Report on vaccination in Madras 1877-1894 - 1877-1894
Year: 1877
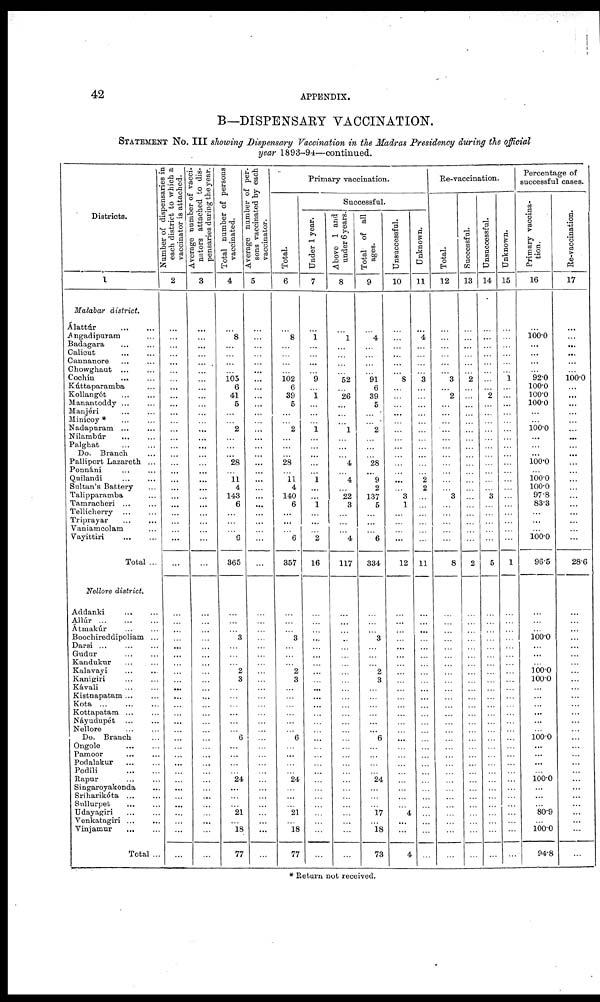
42
APPENDIX.
B—DISPENSARY VACCINATION.
STATEMENT NO. III showing Dispensary Vaccination in the Madras Presidency during the official
year 1893-94—continued.
Districts.
1
Malabar district.
Álattúr
...
...
Angadipuram ...
Badagara ... ...
Calicut ... ...
Cannanore ... ...
Chowghaut ... ...
Cochin ... ...
Kúttaparamba ...
Kollangót
...
...
Manantoddy ... ...
Manjéri ... ...
Minicoy * ... ...
Nadapuram ... ...
Nilambúr
...
...
Palghat
...
...
Do. Branch ...
Palliport Lazareth ...
Ponnáni ... ...
Quilandi ... ...
Sultan's Battery ...
Talipparamba
Tamracheri ... ...
Tellicherry ... ...
Triprayar
...
...
Yaniamcolam ...
Vayittiri
...
...
Total ...
Nellore district.
Addanki ... ...
Allúr
...
...
...
Atmakúr ... ...
Boochireddipoliam ...
Darsi ... ... ...
Gudur ... ...
Kandukur ... ...
Kalavayi ... ...
Kanigiri ... ...
Kávali
...
...
Kistnapatam ... ...
Kota
...
...
...
Kottapatam
...
...
Náyudupét ... ...
Nellore ... ...
Do. Branch ...
Ongole ... ...
Pamoor
... ...
Podalakur
...
...
Podili
...
...
Rapur ... ...
Singaroyakonda ...
Sriharikota
...
...
Snllurpet ... ...
Udayagiri ... ...
Venkatagiri ...
...
Vinjamur
...
...
Total ...
Number of dispensaries in
each district to which a
vaccinator is attached.
2
...
...
...
...
...
...
...
...
...
...
...
...
...
...
...
...
...
...
...
...
...
...
...
...
...
...
...
...
...
...
...
...
...
...
...
...
...
...
...
...
...
...
...
...
...
...
...
...
...
...
...
...
...
...
...
Average number of vacci¬
nators attached to dis-
pensaries daring the year.
3
...
...
...
...
...
...
...
...
...
...
...
...
...
...
...
...
...
...
...
...
...
...
...
...
...
...
...
...
...
...
...
...
...
...
...
...
...
...
...
...
...
...
...
...
...
...
...
...
...
...
...
...
...
...
...
Total number of persons
vaccinated.
4
...
...
...
...
...
...
105 6
41
5
...
...
2
...
...
...
28
...
11
4
143
6
...
...
...
6
365
...
...
...
3
...
...
...
2
3
...
...
... ...
...
... 6
...
...
...
...
24
...
...
...
21
...
18
77
Average number of per¬
sons vaccinated by each
vaccinator.
5
...
...
...
...
...
...
...
...
...
...
...
...
...
...
...
...
...
...
...
...
...
...
...
...
...
...
...
...
...
...
...
...
...
...
...
...
...
...
...
...
...
...
...
...
...
...
...
...
...
...
...
...
...
...
...
Primary vaccination.
Total.
6
...
8
...
...
...
...
102 6
39
5
...
...
2
...
...
... 28
...
11
4
140
6
...
...
...
6
357
...
...
...
3
...
...
...
2
3
...
...
...
...
...
...
6
...
...
...
...
24
...
...
...
21
...
18
77
Successful.
Under 1 year.
7
...
1
...
...
...
...
9
...
1
...
...
...
1
...
...
...
...
...
1
...
...
1
...
...
...
2
16
...
...
...
...
...
...
...
...
...
...
...
...
...
...
...
...
...
...
...
...
...
...
...
...
...
...
...
...
Above 1 and
under 6 years.
8
...
1
...
...
...
...
52
...
26
...
...
...
1
...
...
...
4
...
4
...
22
8
...
...
...
4
117
...
...
...
...
...
...
...
...
...
...
...
...
...
...
...
...
...
...
...
...
...
...
...
...
...
...
...
...
Total of all
ages.
9
...
4
...
...
...
...
91
6
39
5
...
...
2
...
...
...
28
...
9
2
137
5
...
...
...
6
334
...
...
...
3
...
...
...
2
3
...
...
...
...
...
...
6
...
...
...
...
24
...
...
...
17
...
18
73
Unsuccessful.
10
...
...
...
...
...
...
8
...
...
...
...
...
...
...
...
...
...
...
...
...
3
1
...
...
...
...
12
...
...
...
...
...
...
...
...
...
...
...
...
...
...
...
...
...
...
...
...
...
...
...
...
4
...
...
4
Unknown.
11
...
4
...
...
...
...
3
...
...
...
...
...
...
...
...
...
...
...
2
2
...
...
...
...
...
...
11
...
...
...
...
...
...
...
...
...
...
...
...
...
...
...
...
...
...
...
...
...
...
...
...
...
...
...
...
Re-vaccination.
Total.
12
...
...
...
...
...
...
3
...
2
...
...
...
...
...
...
...
...
...
...
...
3
...
...
...
...
...
8
...
...
...
...
...
...
...
...
...
...
...
...
...
...
...
...
...
...
...
...
...
...
...
...
...
...
...
...
Successful.
13
...
...
...
...
...
...
2
...
...
...
...
...
...
...
...
...
...
...
...
...
...
...
...
...
...
...
2
...
...
...
...
...
...
...
...
...
...
...
...
...
...
...
...
...
...
...
...
...
...
...
...
...
...
...
...
Unsuccessful.
14
...
...
...
...
...
...
...
...
2
...
...
...
...
...
...
...
...
...
...
...
3
...
...
...
...
...
5
...
...
...
...
...
...
...
...
...
...
...
...
...
...
...
...
...
...
...
...
...
...
...
...
...
...
...
...
Unknown.
15
...
...
...
...
...
...
1
...
...
...
...
...
...
...
...
...
...
...
...
...
...
...
...
...
...
...
1
...
...
...
...
...
...
...
...
...
...
...
...
...
...
...
...
...
...
...
...
...
...
...
...
...
...
...
...
Percentage of
successful cases.
Primary vaccina¬
tion.
16
...
100.0
...
...
...
...
92.0
100.0
100.0
100.0
...
...
100.0 ...
...
...
100.0
...
100.0
100.0
97.8
83.3
...
...
...
100.0
96.5
...
...
...
100.0
... ...
...
100.0
100.0
...
...
... ...
...
...
100.0 ...
...
...
...
100.0 ...
...
...
80.9
...
100.0
94.8
Re-vaccination.
17
...
...
...
...
...
...
100.0
...
...
...
...
...
...
...
...
...
...
...
...
...
...
...
...
...
... ...
28.6
...
...
...
...
...
...
...
...
...
...
...
...
...
...
...
...
...
...
...
...
...
...
...
...
...
...
...
...
* Return not received.